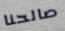
صالحنا